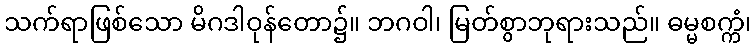
သက်ရာဖြစ်သော မိဂဒါဝုန်တော၌။ ဘဂဝါ၊ မြတ်စွာဘုရားသည်။ ဓမ္မစက္ကံ၊